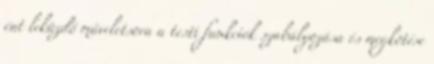
ént leküzdő műveletsora a testi funkciók szabályozása és megkötése